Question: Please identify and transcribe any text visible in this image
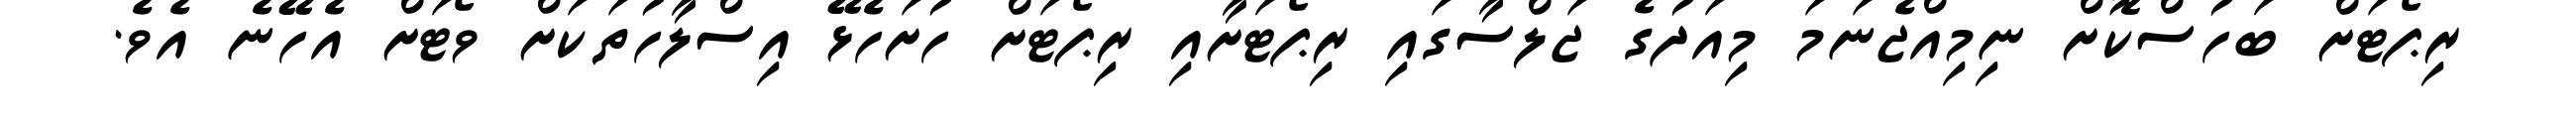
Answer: ރިޕޯޓަށް ބަހުސްކޮށް ނިމިއްޖެނަމަ މިއަދުގެ ޖަލްސާގައި ރިޕޯޓަށާއި ރިޕޯޓަށް ހުށަހެޅޭ އިސްލާހުތަކަށް ވޯޓަށް އެހޭނެ އެވެ.